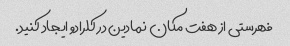
فهرستی از هفت مکان نمادین در کلرادو ایجاد کنید.